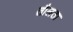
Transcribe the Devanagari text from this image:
तौलता